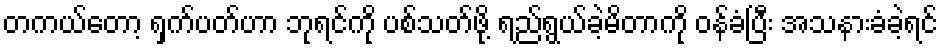
တကယ်တော့ ရှက်ပတ်ဟာ ဘုရင်ကို ပစ်သတ်ဖို့ ရည်ရွယ်ခဲ့မိတာကို ဝန်ခံပြီး အသနားခံခဲ့ရင်